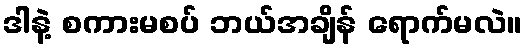
ဒါနဲ့ စကားမစပ် ဘယ်အချိန် ရောက်မလဲ။